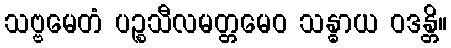
သဗ္ဗမေတံ ပဉ္စသီလမတ္တမေဝ သန္ဓာယ ဝဒန္တိ။